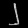
Digit: ၂